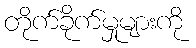
တိုက်ခိုက်မှုများကို